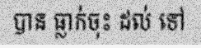
បាន ធ្លាក់ចុះ ដល់ ទៅ